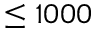
\leq 1 0 0 0